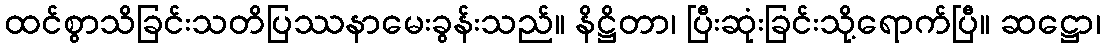
ထင်စွာသိခြင်းသတိပြဿနာမေးခွန်းသည်။ နိဋ္ဌိတာ၊ ပြီးဆုံးခြင်းသို့ရောက်ပြီ။ ဆဋ္ဌော၊